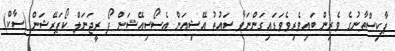
ޕާކިސްތާނުގެ ވެރިން ބައިވެރިވެވަޑައިގަންނަވާ ސައުތު އޭޝިއަން އެސޯސިއޭޝަން ފޯ ރީޖަނަލް ކޯޕަރޭޝަން (ސާކް)